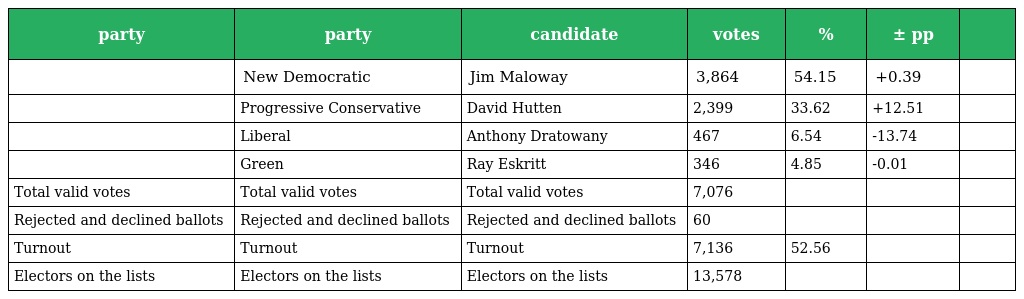
| party | party | candidate | votes | % | ± pp |  |
 | --- | --- | --- | --- | --- | --- | --- |
 |  | New Democratic | Jim Maloway | 3,864 | 54.15 | +0.39 |  |
 |  | Progressive Conservative | David Hutten | 2,399 | 33.62 | +12.51 |  |
 |  | Liberal | Anthony Dratowany | 467 | 6.54 | -13.74 |  |
 |  | Green | Ray Eskritt | 346 | 4.85 | -0.01 |  |
 | Total valid votes | Total valid votes | Total valid votes | 7,076 |  |  |  |
 | Rejected and declined ballots | Rejected and declined ballots | Rejected and declined ballots | 60 |  |  |  |
 | Turnout | Turnout | Turnout | 7,136 | 52.56 |  |  |
 | Electors on the lists | Electors on the lists | Electors on the lists | 13,578 |  |  |  |